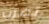
تضرب